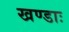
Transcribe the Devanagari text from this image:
खण्डाः